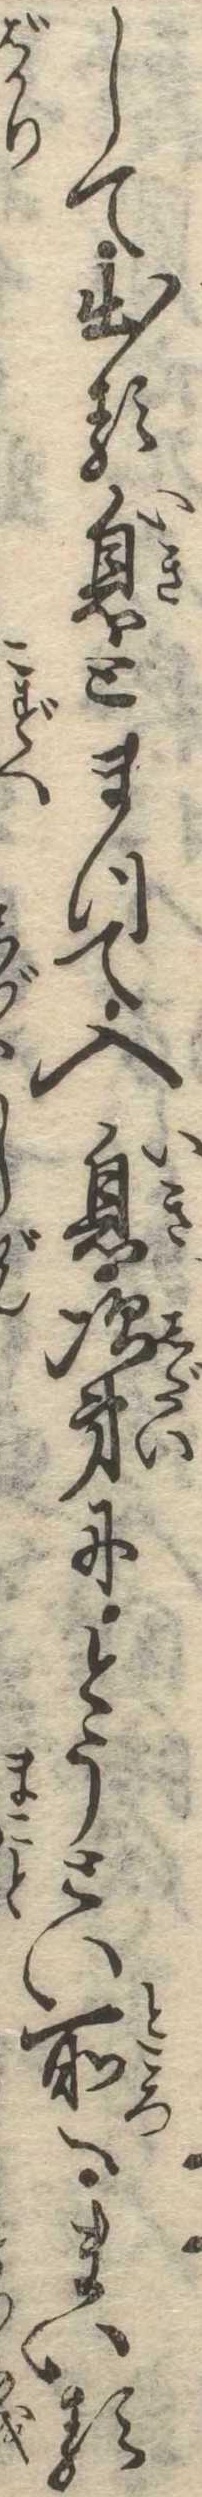
して出る息とまつて入息次第にとうとい所へまいる